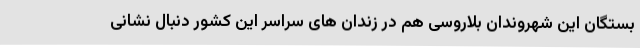
بستگان این شهروندان بلاروسی هم در زندان های سراسر این کشور دنبال نشانی